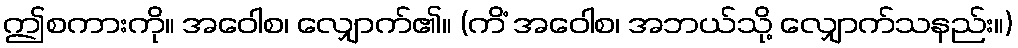
ဤစကားကို။ အဝေါစ၊ လျှောက်၏။ (ကိံ အဝေါစ၊ အဘယ်သို့ လျှောက်သနည်း။)